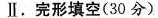
Ⅱ.完形填空(30分)